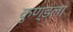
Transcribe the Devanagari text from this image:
कुण्डला